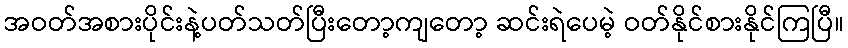
အဝတ်အစားပိုင်းနဲ့ပတ်သတ်ပြီးတော့ကျတော့ ဆင်းရဲပေမဲ့ ဝတ်နိုင်စားနိုင်ကြပြီ။